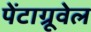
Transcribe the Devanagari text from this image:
पेंटाग्रूवेल